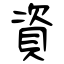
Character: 資